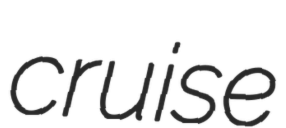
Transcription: cruise